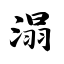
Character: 溻